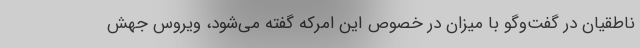
ناطقیان در گفت‌وگو با میزان در خصوص این امرکه گفته می‌شود، ویروس جهش